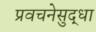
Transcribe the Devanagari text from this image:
प्रवचनेसुद्धा